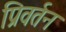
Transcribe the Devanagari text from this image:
प्रिवर्तन